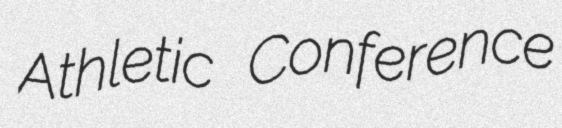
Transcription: Athletic Conference